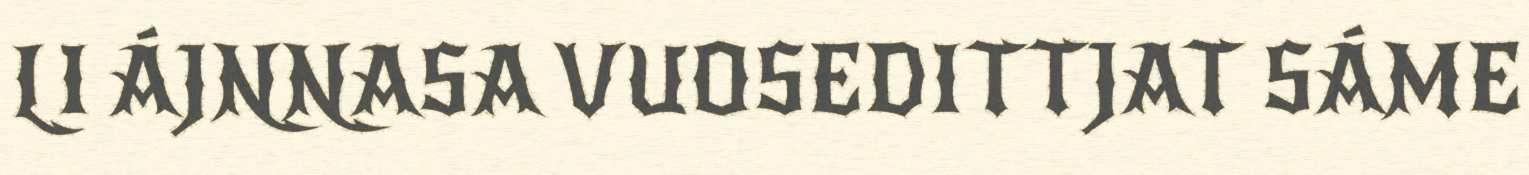
LI ÁJNNASA VUOSEDITTJAT SÁME